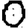
Digit: 0